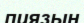
пиязын